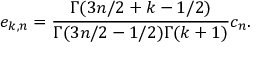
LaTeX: e _ { k , n } = { \frac { \Gamma ( 3 n / 2 + k - 1 / 2 ) } { \Gamma ( 3 n / 2 - 1 / 2 ) \Gamma ( k + 1 ) } } c _ { n } .